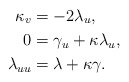
\begin{align*}\kappa_{v} & =-2\lambda_{u},\\0 & =\gamma_{u}+\kappa\lambda_{u},\\\lambda_{uu} & =\lambda+\kappa\gamma.\end{align*}